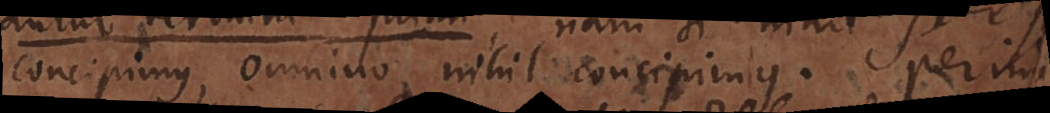
concipimus, omnino nihil concipimus. Perin